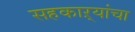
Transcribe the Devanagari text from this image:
सहकाऱ्यांचा